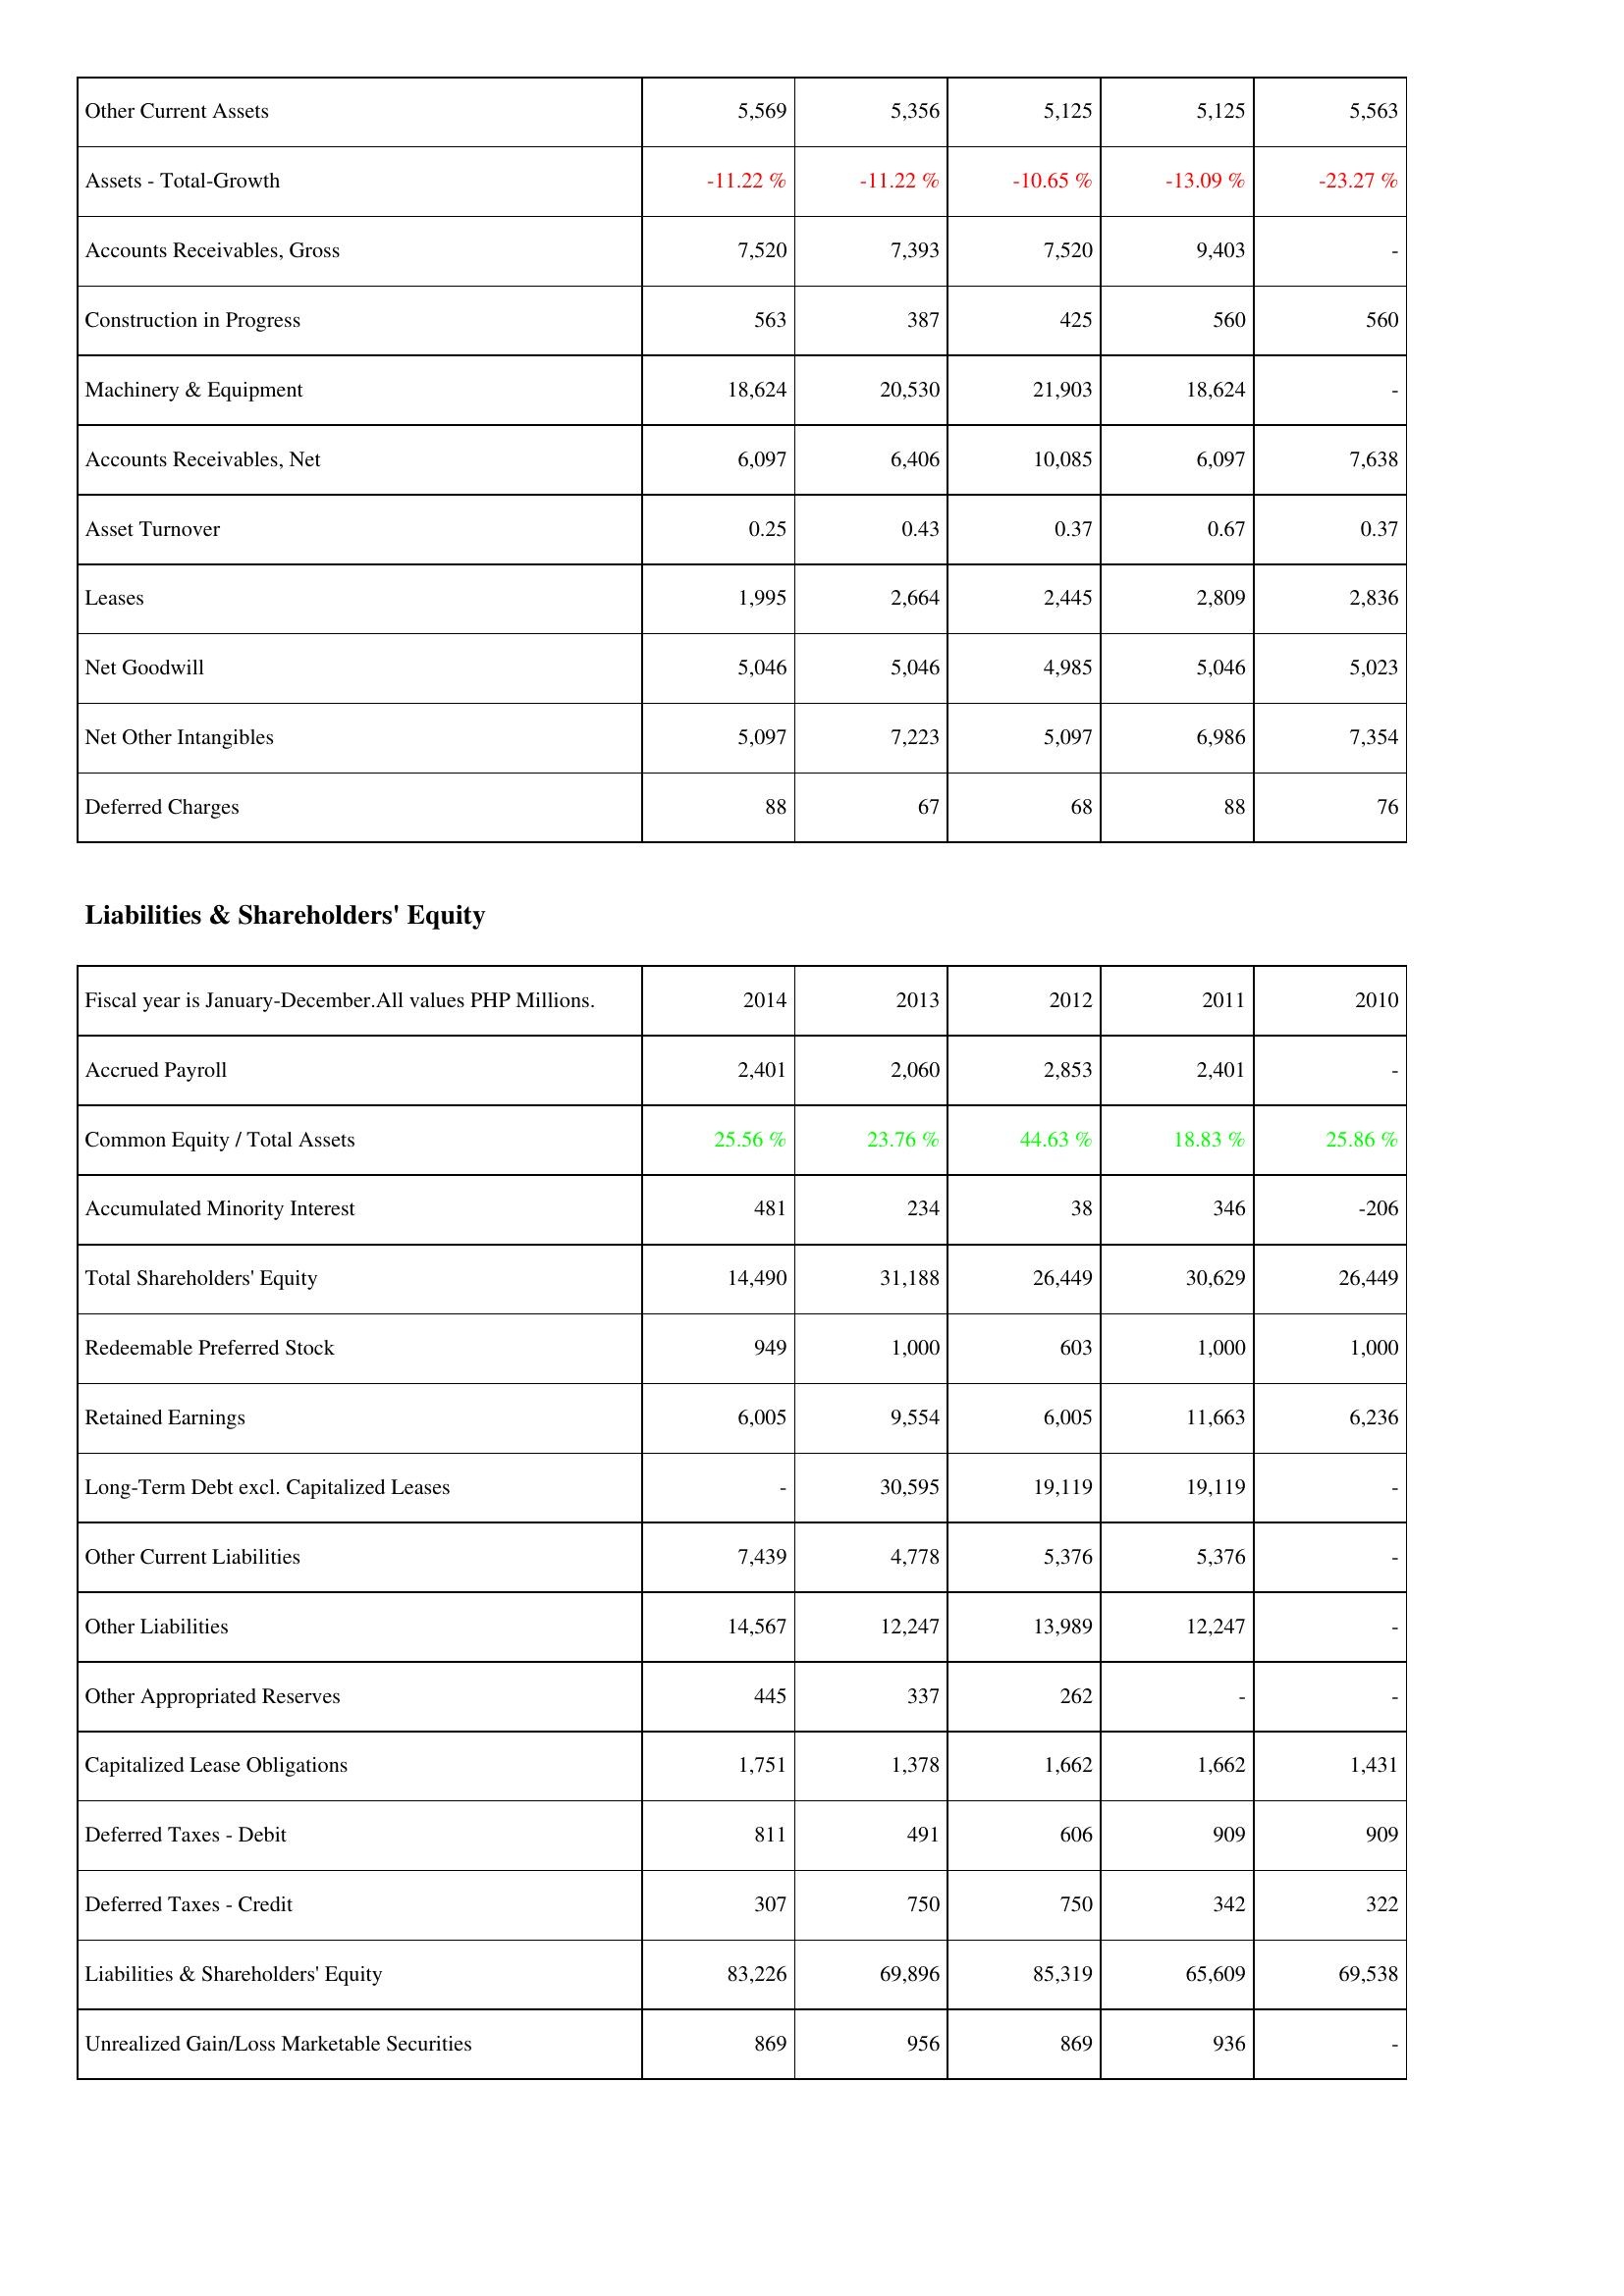
2014: Assets: Other Current Assets: 5,569
Assets - Total-Growth: -11.22 %
Accounts Receivables, Gross: 7,520
Construction in Progress: 563
Machinery & Equipment: 18,624
Accounts Receivables, Net: 6,097
Asset Turnover: 0.25
Leases: 1,995
Net Goodwill: 5,046
Net Other Intangibles: 5,097
Deferred Charges: 88
Liabilities & Shareholders' Equity: Accrued Payroll: 2,401
Common Equity / Total Assets: 25.56 %
Accumulated Minority Interest: 481
Total Shareholders' Equity: 14,490
Redeemable Preferred Stock: 949
Retained Earnings: 6,005
Long-Term Debt excl. Capitalized Leases: -
Other Current Liabilities: 7,439
Other Liabilities: 14,567
Other Appropriated Reserves: 445
Capitalized Lease Obligations: 1,751
Deferred Taxes - Debit: 811
Deferred Taxes - Credit: 307
Liabilities & Shareholders' Equity: 83,226
Unrealized Gain/Loss Marketable Securities: 869
2013: Assets: Other Current Assets: 5,356
Assets - Total-Growth: -11.22 %
Accounts Receivables, Gross: 7,393
Construction in Progress: 387
Machinery & Equipment: 20,530
Accounts Receivables, Net: 6,406
Asset Turnover: 0.43
Leases: 2,664
Net Goodwill: 5,046
Net Other Intangibles: 7,223
Deferred Charges: 67
Liabilities & Shareholders' Equity: Accrued Payroll: 2,060
Common Equity / Total Assets: 23.76 %
Accumulated Minority Interest: 234
Total Shareholders' Equity: 31,188
Redeemable Preferred Stock: 1,000
Retained Earnings: 9,554
Long-Term Debt excl. Capitalized Leases: 30,595
Other Current Liabilities: 4,778
Other Liabilities: 12,247
Other Appropriated Reserves: 337
Capitalized Lease Obligations: 1,378
Deferred Taxes - Debit: 491
Deferred Taxes - Credit: 750
Liabilities & Shareholders' Equity: 69,896
Unrealized Gain/Loss Marketable Securities: 956
2012: Assets: Other Current Assets: 5,125
Assets - Total-Growth: -10.65 %
Accounts Receivables, Gross: 7,520
Construction in Progress: 425
Machinery & Equipment: 21,903
Accounts Receivables, Net: 10,085
Asset Turnover: 0.37
Leases: 2,445
Net Goodwill: 4,985
Net Other Intangibles: 5,097
Deferred Charges: 68
Liabilities & Shareholders' Equity: Accrued Payroll: 2,853
Common Equity / Total Assets: 44.63 %
Accumulated Minority Interest: 38
Total Shareholders' Equity: 26,449
Redeemable Preferred Stock: 603
Retained Earnings: 6,005
Long-Term Debt excl. Capitalized Leases: 19,119
Other Current Liabilities: 5,376
Other Liabilities: 13,989
Other Appropriated Reserves: 262
Capitalized Lease Obligations: 1,662
Deferred Taxes - Debit: 606
Deferred Taxes - Credit: 750
Liabilities & Shareholders' Equity: 85,319
Unrealized Gain/Loss Marketable Securities: 869
2011: Assets: Other Current Assets: 5,125
Assets - Total-Growth: -13.09 %
Accounts Receivables, Gross: 9,403
Construction in Progress: 560
Machinery & Equipment: 18,624
Accounts Receivables, Net: 6,097
Asset Turnover: 0.67
Leases: 2,809
Net Goodwill: 5,046
Net Other Intangibles: 6,986
Deferred Charges: 88
Liabilities & Shareholders' Equity: Accrued Payroll: 2,401
Common Equity / Total Assets: 18.83 %
Accumulated Minority Interest: 346
Total Shareholders' Equity: 30,629
Redeemable Preferred Stock: 1,000
Retained Earnings: 11,663
Long-Term Debt excl. Capitalized Leases: 19,119
Other Current Liabilities: 5,376
Other Liabilities: 12,247
Other Appropriated Reserves: -
Capitalized Lease Obligations: 1,662
Deferred Taxes - Debit: 909
Deferred Taxes - Credit: 342
Liabilities & Shareholders' Equity: 65,609
Unrealized Gain/Loss Marketable Securities: 936
2010: Assets: Other Current Assets: 5,563
Assets - Total-Growth: -23.27 %
Accounts Receivables, Gross: -
Construction in Progress: 560
Machinery & Equipment: -
Accounts Receivables, Net: 7,638
Asset Turnover: 0.37
Leases: 2,836
Net Goodwill: 5,023
Net Other Intangibles: 7,354
Deferred Charges: 76
Liabilities & Shareholders' Equity: Accrued Payroll: -
Common Equity / Total Assets: 25.86 %
Accumulated Minority Interest: -206
Total Shareholders' Equity: 26,449
Redeemable Preferred Stock: 1,000
Retained Earnings: 6,236
Long-Term Debt excl. Capitalized Leases: -
Other Current Liabilities: -
Other Liabilities: -
Other Appropriated Reserves: -
Capitalized Lease Obligations: 1,431
Deferred Taxes - Debit: 909
Deferred Taxes - Credit: 322
Liabilities & Shareholders' Equity: 69,538
Unrealized Gain/Loss Marketable Securities: -